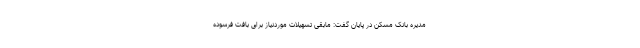
مدیره بانک مسکن در پایان گفت: مابقی تسهیلات موردنیاز برای بافت فرسوده